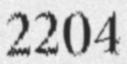
2204